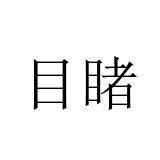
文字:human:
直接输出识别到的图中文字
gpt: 目睹